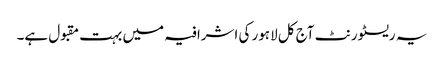
یہ ریسٹورنٹ آج کل لاہور کی اشرافیہ میں بہت مقبول ہے۔